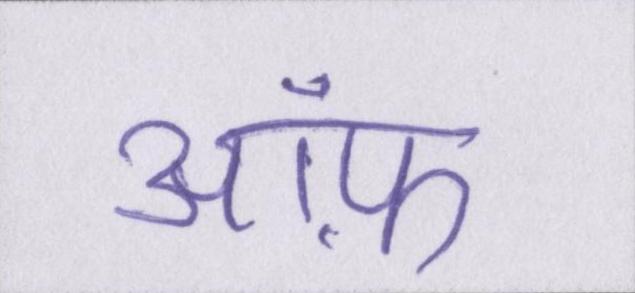
ऑफ़